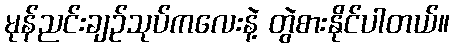
မုန်ညင်းချဉ်သုပ်ကလေးနဲ့ တွဲစားနိုင်ပါတယ်။